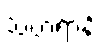
သံဟရာနိ